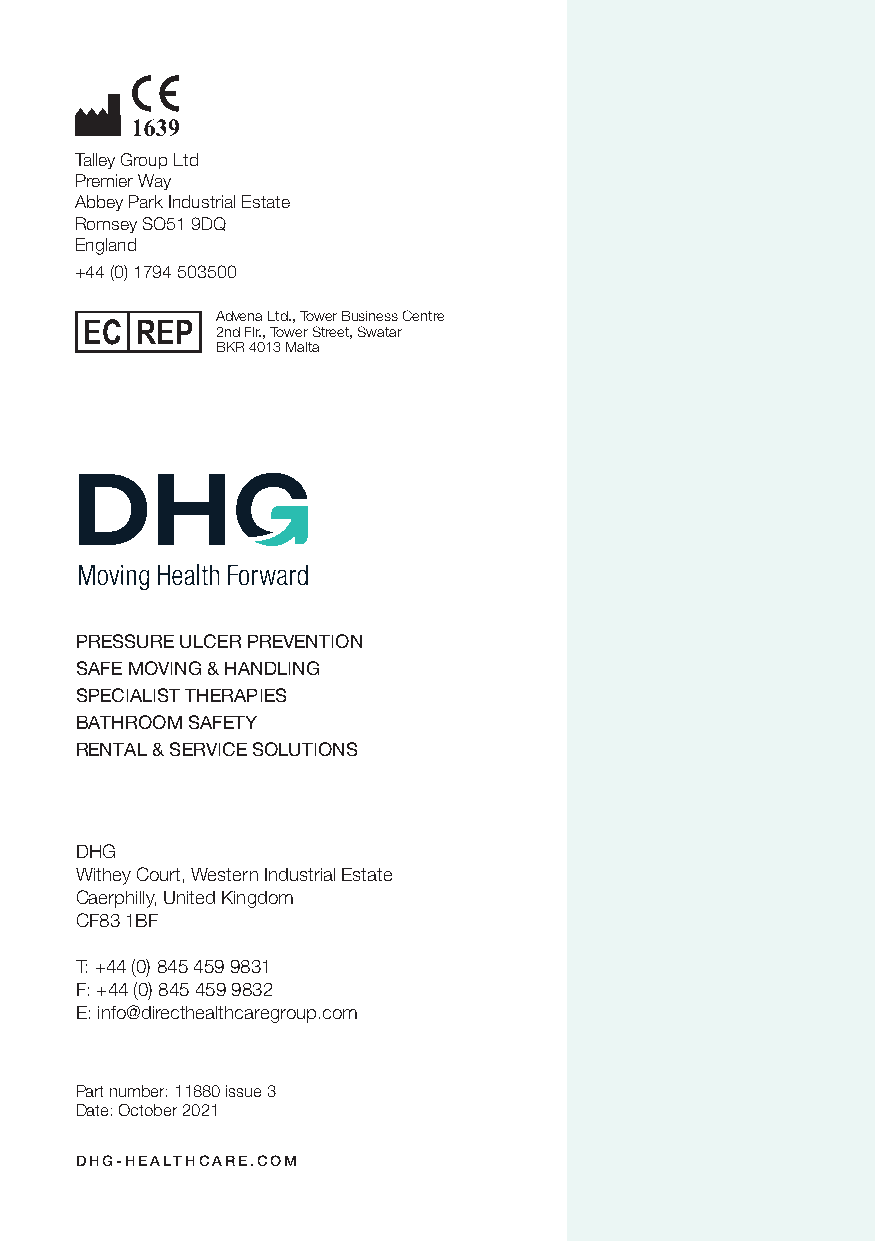
Talley Group Ltd
 Premier Way
 Abbey Park Industrial Estate
 Romsey SO51 9DQ
 England
 +44 (0) 1794 503500
 Advena Ltd., Tower Business Centre
 EC  REP  2nd Flr., Tower Street, Swatar
 BKR 4013 Malta
 PRESSURE ULCER PREVENTION
 SAFE MOVING & HANDLING
 SPECIALIST THERAPIES
 BATHROOM SAFETY
 RENTAL & SERVICE SOLUTIONS
 DHG
 Withey Court, Western Industrial Estate
 Caerphilly, United Kingdom
 CF83 1BF
 T: +44 (0) 845 459 9831
 F: +44 (0) 845 459 9832
 E: info@directhealthcaregroup.com
 Part number: 11880 issue 3
 Date: October 2021
 DHG-HEALTHCARE.COM